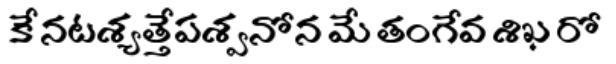
కే నటశ్యత్తేపశ్వనోన మే తంగేవ శిఖ రో